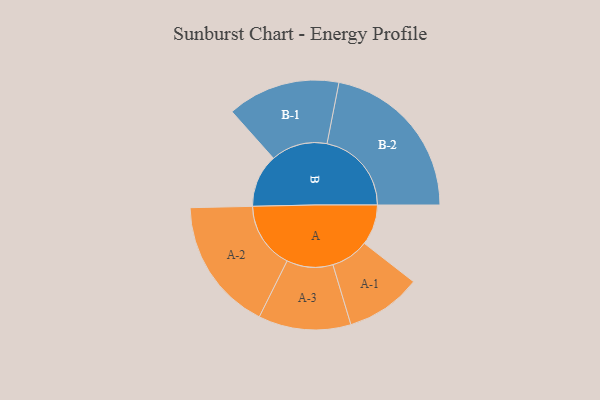
{"axis": {"x": "Segment", "y": "Value"}, "legend": ["", "A", "B"], "data": [{"x": "A", "y": 107, "type": ""}, {"x": "B", "y": 140, "type": ""}, {"x": "A-1", "y": 100, "type": "A"}, {"x": "A-2", "y": 176, "type": "A"}, {"x": "A-3", "y": 122, "type": "A"}, {"x": "B-1", "y": 149, "type": "B"}, {"x": "B-2", "y": 223, "type": "B"}]}